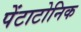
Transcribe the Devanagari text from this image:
पेंटाटोनिक